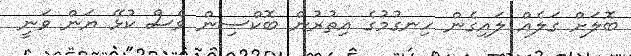
ބޮލަށް ގަލެއް ލައިގެން ހިނގުމުގެ އިތުރުން ބޮކްސިން ވެސް ކުޅޭ ޔަން ވަނީ